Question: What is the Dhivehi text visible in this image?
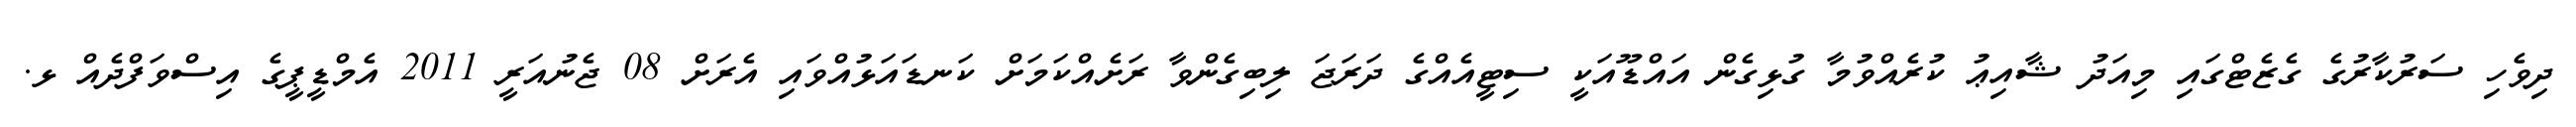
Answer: ދިވެހި ސަރުކާރުގެ ގެޒެޓްގައި މިއަދު ޝާއިޢު ކުރެއްވުމާ ގުޅިގެން އައްޑޫއަކީ ސިޓީއެއްގެ ދަރަޖަ ލިބިގެންވާ ރަށެއްކަމަށް ކަނޑައަޅުއްވައި އެރަށް 08 ޖެނުއަރީ 2011 އެމްޑީޕީގެ އިސްވަފްދެއް ޅ.